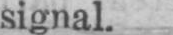
signal.